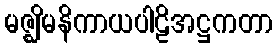
မဇ္ဈိမနိကာယပါဠိအဋ္ဌကတာ